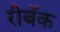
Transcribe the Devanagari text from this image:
रीबॅक